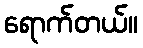
ရောက်တယ်။